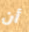
أن